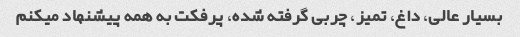
بسیار عالی، داغ، تمیز، چربی گرفته شده، پرفکت به همه پیشنهاد میکنم